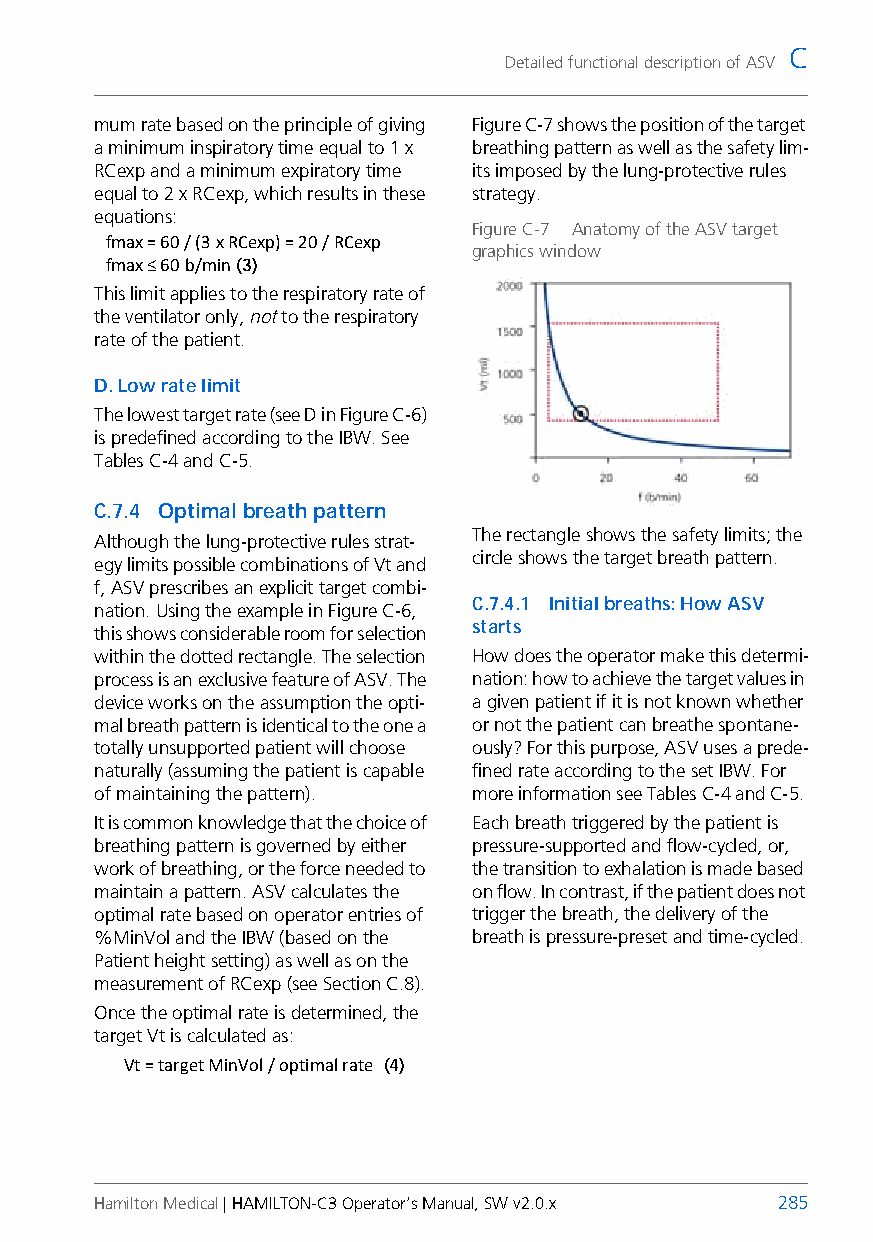
C
 Detailed functional description of ASV
 mum rate based on the principle of giving Figure C-7 shows the position of the target
 a minimum inspiratory time equal to 1 x breathing pattern as well as the safety lim-
 RCexp and a minimum expiratory time its imposed by the lung-protective rules
 equal to 2 x RCexp, which results in these strategy.
 equations:
 Figure C-7 Anatomy of the ASV target
 fmax = 60 / (3 x RCexp) = 20 / RCexp
 graphics window
 fmax ≤ 60 b/min (3)
 This limit applies to the respiratory rate of
 the ventilator only, not to the respiratory
 rate of the patient.
 D. Low rate limit
 The lowest target rate (see D in Figure C-6)
 is predefined according to the IBW. See
 TablesC-4 and C-5.
 C.7.4 Optimal breath pattern
 The rectangle shows the safety limits; the
 Although the lung-protective rules strat-
 circle shows the target breath pattern.
 egy limits possible combinations of Vt and
 f, ASV prescribes an explicit target combi-
 C.7.4.1 Initial breaths: How ASV
 nation. Using the example in Figure C-6,
 starts
 this shows considerable room for selection
 within the dotted rectangle. The selection How does the operator make this determi-
 process is an exclusive feature of ASV. The nation: how to achieve the target values in
 device works on the assumption the opti- a given patient if it is not known whether
 mal breath pattern is identical to the one a or not the patient can breathe spontane-
 totally unsupported patient will choose ously? For this purpose, ASV uses a prede-
 naturally (assuming the patient is capable fined rate according to the set IBW. For
 of maintaining the pattern). more information see TablesC-4 and C-5.
 It is common knowledge that the choice of Each breath triggered by the patient is
 breathing pattern is governed by either pressure-supported and flow-cycled, or,
 work of breathing, or the force needed to the transition to exhalation is made based
 maintain a pattern. ASV calculates the on flow. In contrast, if the patient does not
 optimal rate based on operator entries of trigger the breath, the delivery of the
 %MinVol and the IBW (based on the breath is pressure-preset and time-cycled.
 Patient height setting) as well as on the
 measurement of RCexp (see Section C.8).
 Once the optimal rate is determined, the
 target Vt is calculated as:
 Vt = target MinVol / optimal rate (4)
 Hamilton Medical | HAMILTON-C3 Operator’s Manual, SW v2.0.x 285